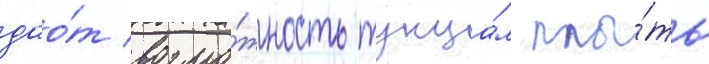
дао́т возмо́жность тунца́м плы́ть